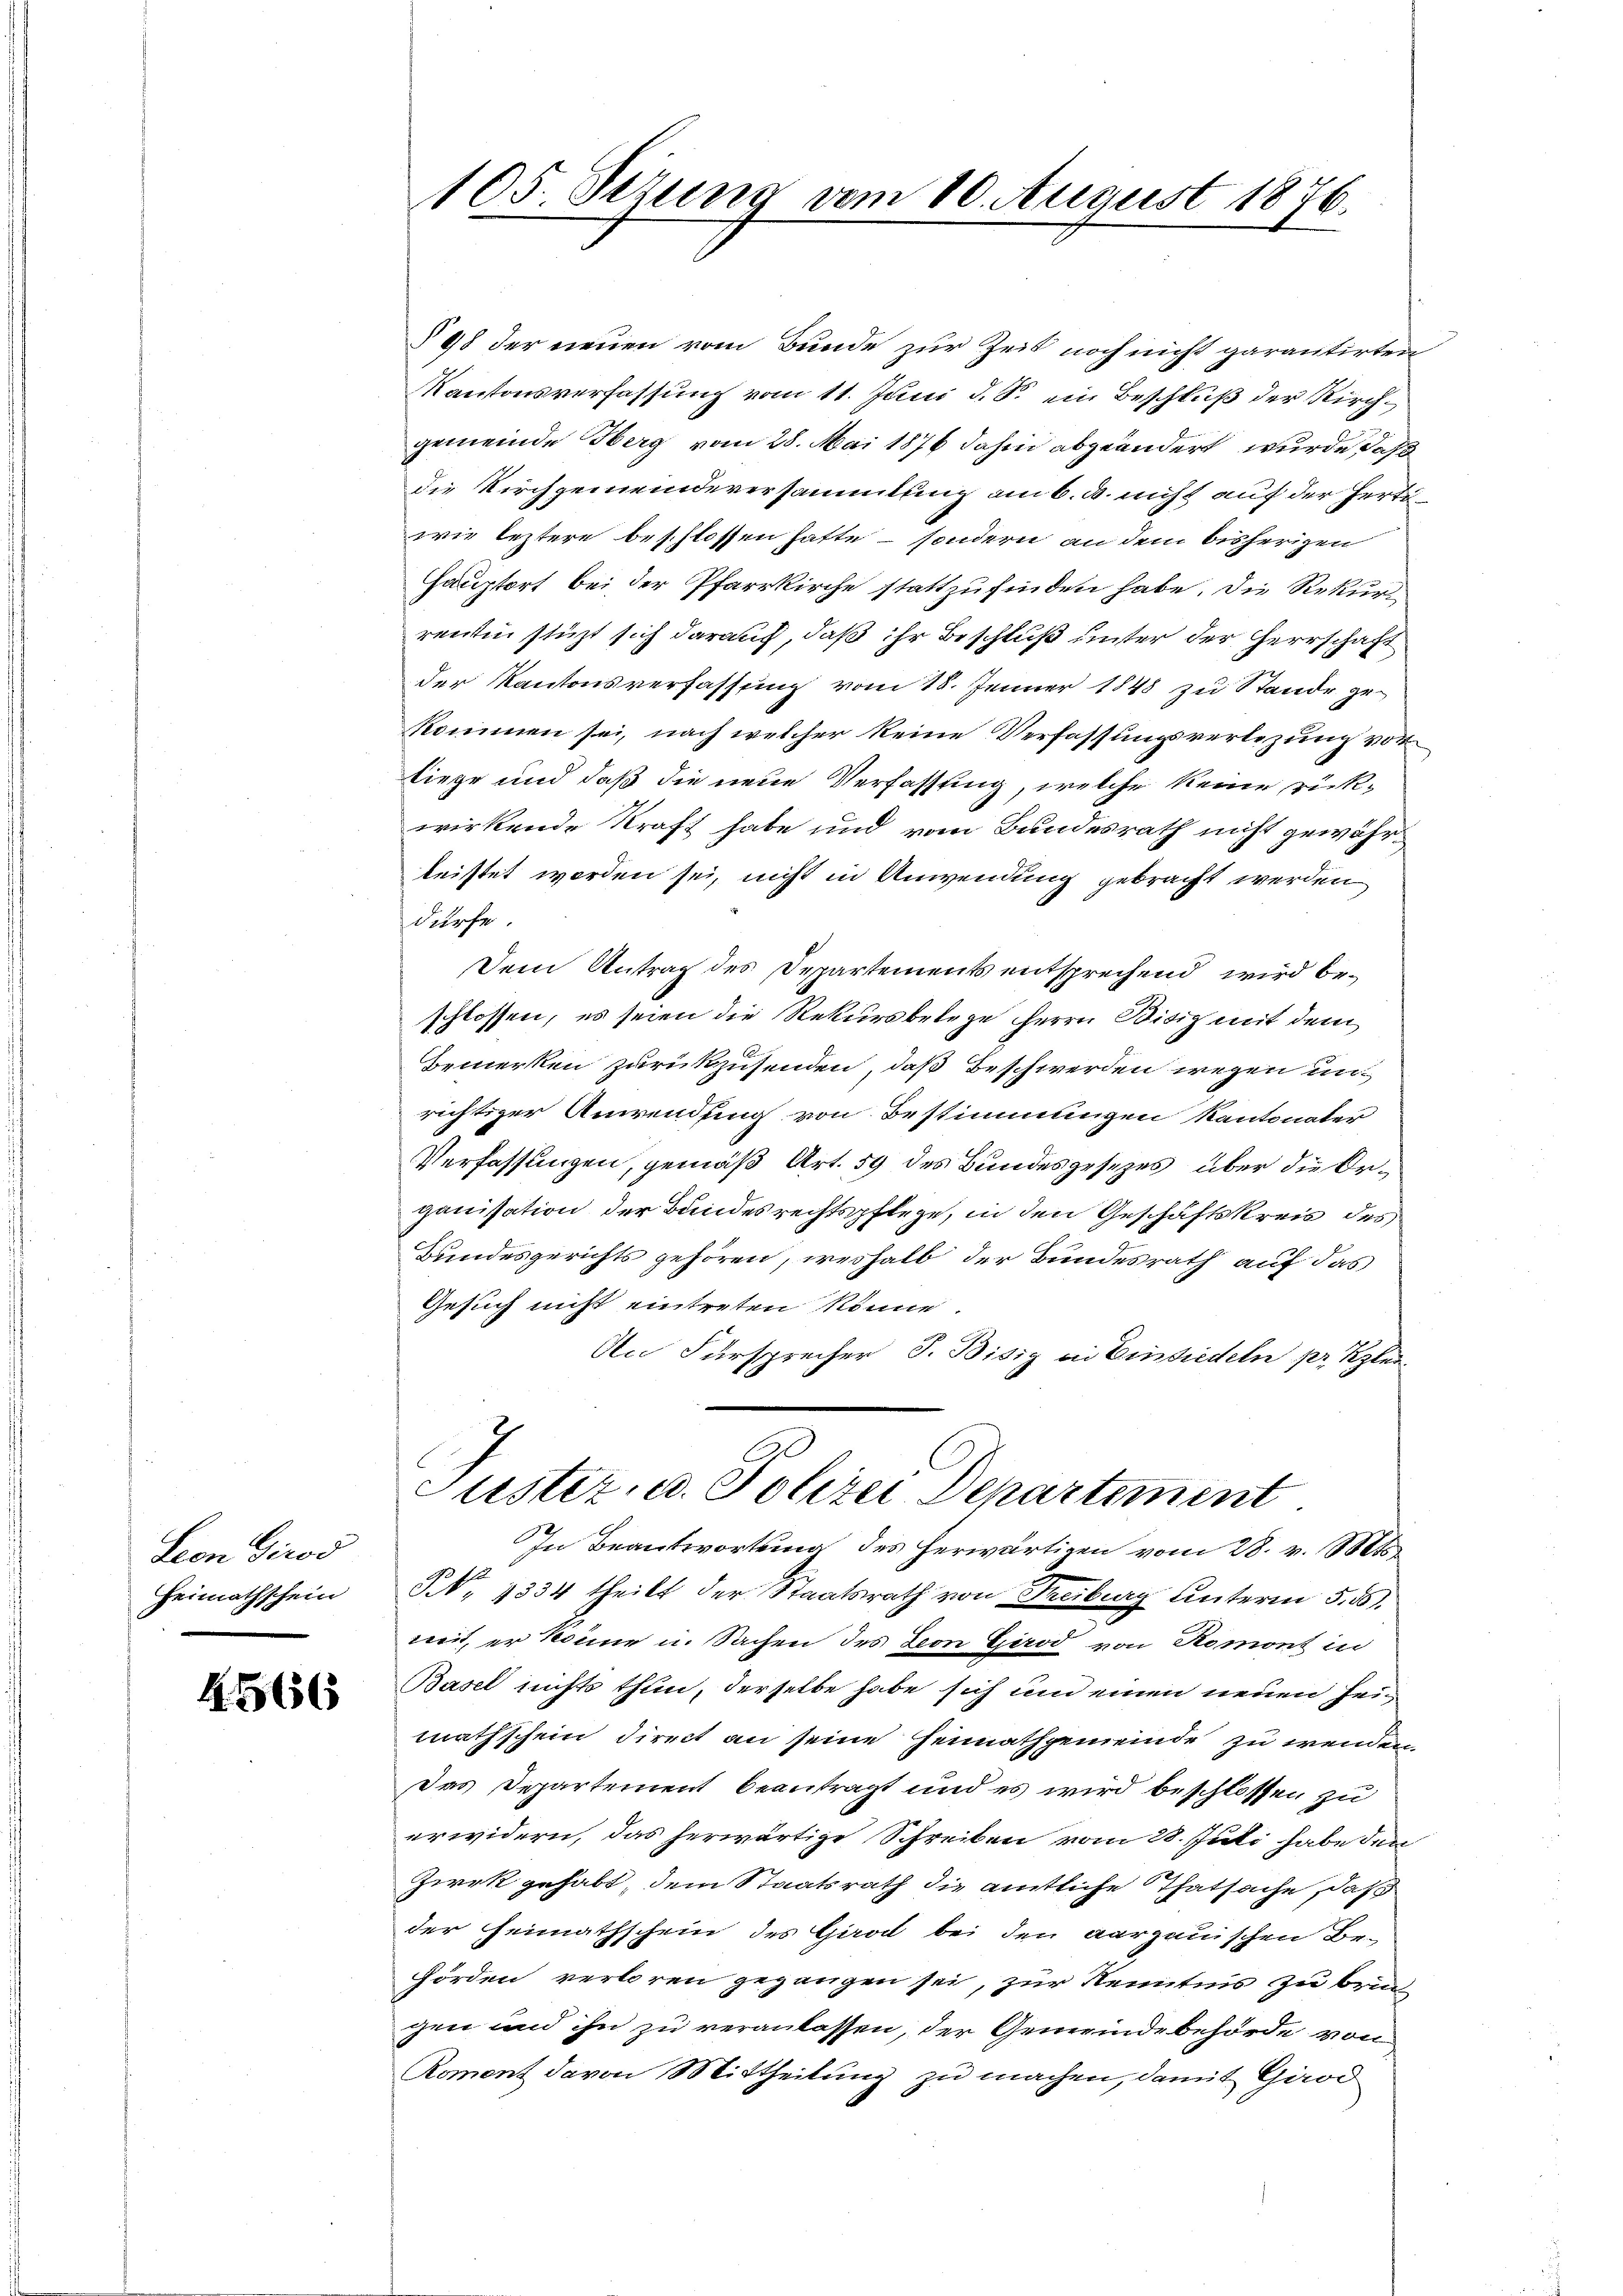
Seon Girod
Heimathschein

4566

105. Sezung vom 10. August 1876.

§ 98 der neuen vom Bunde zur Zeit noch nicht garantirten
Kantonsverfassung vom 11. Juni d. d. ein Beschluß der Kirchgemeinde Herg vom 28. Mai 1876 dahin abgeändert, wurde, daß
die Kirchgemeindeversammlung am 6. d. nicht auf der Fertiwie leztere beschlossen hatte – sondern an dem bisherigen
Hauptort bei der Pfarrkirche stattzufinden habe. Die Rekurrentin stüzt sich darauf, daß ihr Beschluß unter der Herrschaft
der Kantonsverfassung vom 18. Jenner 1848 zu Stande zu
kommen sei, nach welcher keine Verfassungsverlegung vorliege und daß die neue Verfassung, welche keine rück-
wirkende Kraft habe und vom Bundesrath nicht gewährleistet worden sei, nicht in Anwendung gebracht werden
dürfe.
Dem Antrag des Departements entsprechend wird beschlossen, es seien die Rekursbelege Herrn Bisiz mit dem
Bemerken zurückzusenden, daß Beschwerden wegen unrichtiger Anwendung von Bestimmungen Kantonater
Verfassungen, gemäß Art. 59 des Bundesgesezes über die Organisation der Bundesrechtspflege, in den Geschäftskreis des
Bundesgerichts gehören, weshalb der Bundesrath auf das
Gesuch nicht eintreten könne.
An Fürsprecher J. Bisig an Einsiedeln pr. Kzler
Puster, u. Polizei Departement
In Beantwortung des herwärtigen vom 28. v. 1881
N. 1334 theilt der Staatsrath von Freiburg unterm 5. ds.
wet, er könne u. Sachen des Leon Girod von Romont in
Basel nichts thun, derselbe habe sich um einen neuen Heimathschein direct an seine Heimathgemeinde zu wenden
Das Departement beantragt und es wird beschlossen zu
erwidern, das herwärtige Schreiben vom 28. Juli habe den
Ziek gehabt, dem Staatsrath die amtliche Thatsache, daß
der Heimathschein des Giro bei den aargauischen Be-
hörden verboren gegangen sei, zur Kenntnis zu brin-
gen und ihn zu veranlassen, der Gemeindebehörde von
Roment davon Mittheilung zu machen, damit Giod